King Institute of Preventive Medicine Micro-Biological Section reports 1909-11
Year: 1909
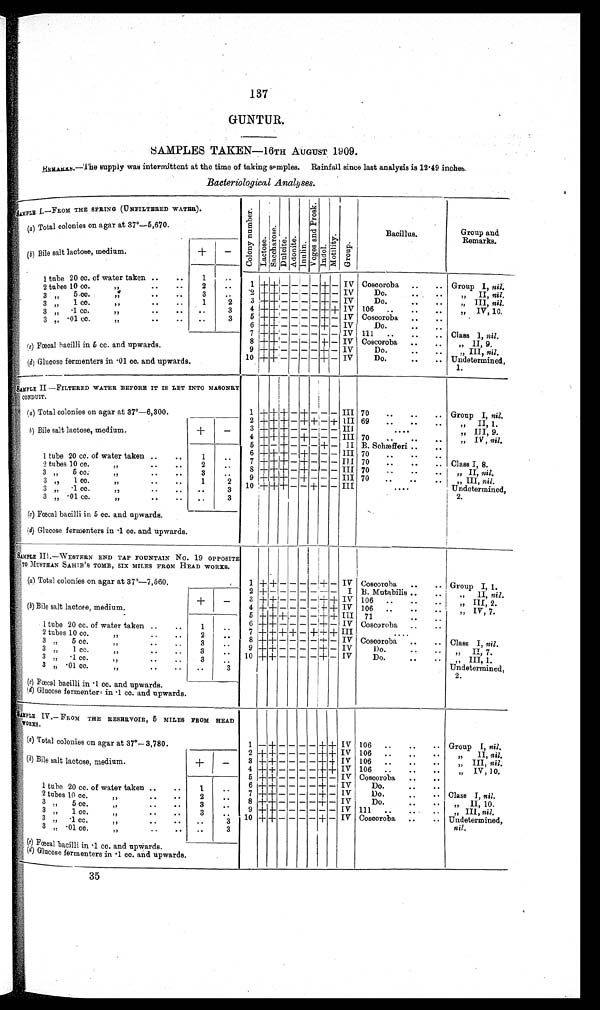
137
GUNTUR.
SAMPLES TAKEN—16TH AUGUST 1909.
REMARKS—The supply was intermittent at the time of taking samples. Rainfall since last analysis is 12.49 inches.
Bacteriological Analyses.
SAMPLE L—FROM THE SPRING (UNFILTERED WATER).
C o l o n y n u m b e r .
L a c t o s e .
S a c c h a r o s e .
Du l c i t e . A d o n i t e .
Inul i n.
Voges and Pr os k.
I ndol .
Mo t i l i t y .
G r o u p .
Bacillus.
Group and
Remarks.
(a) Total colonies on agar at 37°—5,670.
(b) Bile salt lactose, medium.
+
—
1 tube 20 cc. of water taken ..
..
1
. .
1 +
+
—
— — — + — IV Coscoroba ..
.. Group I, nil.
2 tubes 10 cc. ,, . .
. .
2
. .
2 + + — — — — + — IV
Do. .. . .
„ II, nil.
3 „
5 c c .
, ,
.. . .
3
. .
3 + + — — — — + — IV
Do.
..
..
„ III, nil.
3 , , 1 c c .
. .
. .
1
2
4 + + — — — — + + IV 106
. . .
. . .
. . .
„ IV, 10
.
3 ,, ·1cc.
,,
..
..
..
3
5 + + — — — — + — IV Coscoroba
..
. .
3 „
· 0 1 c c .
, ,
. .
. .
. .
3
6 + + — — — — + — IV
Do.
..
..
7 + + — — — — — — IV 111
..
..
. . Class I, nil.
8
+ + – — — — + — IV Coscoroba
..
..
„ II, 9.
(c) Fœcal bacilli in 5 cc. and upwards.
9
+ + — — — — + —
I V
Do.
..
..
,, III, nil.
10
+ + — — — — +
IV
Do.
..
.. Undetermined,
(d) Glucose fermenters in . 01 cc. and upwards.
1.
SAMPLE II —FILTERED WATER BEFORE IT IS LET
INTO MASONRY CONDUIT.
(a) Total colonies on agar at 37°—6,300.
1
+ +
+
— + — — — III 70
..
..
.. Group I, nil.
2
+
+++ + — + +
— + III 69
..
..
..
„ II, 1.
( b )
B i l e s a l t l a c t o s e , m e d i u m .
+
—
3
+ + + — — — — — III
. . . .
„ III, 9.
4
+ + + — + — — — III 70
..
..
..
„ IV, nil.
5 + — + — — — + — II B. Schæfferi ..
6 + + + — + — — — III 70
..
..
..,
1 tube 20 cc. of water taken ..
..
1
..
7 + + + — + — — — III 70
..
..
.. Class I, 8.
2 tubes 10 cc.
, ,
2
. .
8 +
+
+ — + — — — III 70
..
..
..
„ II, nil.
3 „
5 cc.
,, ..
.
3
. .
9 + + + — + — — — III 70
..
..
..
, , I I I ,
n i l .
3 „
1 cc.,, .. ..
1
2 10 + + + — — + — — III
. . . .
Undetermined,
3 „
·1 cc.
,,
. . ..
..
3
2.
3 ,,.01 cc.
,f
..
. .
..
3
(c) Fœcal bacilli in 5 cc. and upwards.
(d) Glucose fermenters in ·1 cc. and upwards.
SAMPLE III.—WESTERN END TAP FOUNTAIN No. 19 OPPOSITE
TO MUSTHAN SAHIB ' S TOMB, SIX MILES FROM HEAD WORKS.
(a) Total colonies on agar at 37°—7,560.
1 + + —
— —
—
+
— IV Coscoroba
..
.. Group I, 1.
2 + — — — — —
— — I B. Mutabilis ..
..
„ II, nil.
+
—
3 + + — — — — + + IV
1 0 6 . . . . . .
,, III, 2.
(b) Bile salt lactose, medium.
4
+ + — — — — + + IV
106 ..
..
....
,, IV , 7.
5 + ++— —
+ + IIIIIIII
. .
5
+ + +
_ — — + +
I I I
7 1 . . . .
1 t u b e 2 0 c c . o f w a t e r t a k e n . . . .
1
..
6
+ + — — — — + —
I V
C o s c o r o b a . . . .
2 t u b e s 1 0 c c . , , . . . .
2
. .
7 + + + + — + + +
I I I
. . . .
3 „
5 c c .
, ,
3
. .
8
+ + — — = — — _
+ — IV
Do.
..
..
Class I, nil .
3 , ,
1 c c .
, , . . . .
3
. .
9 + + — — — — + — IV
Do.
. .
, , I I , 7 .
3 ,,
·1 cc-
, , . . . .
3
. .
1 0 + + — — — — — + —
I V
D o . . . . .
, , I I I , 1 .
3 ,, ·01 cc.
, , ..
..
. .
3
U n d e t e r m i n e d ,
(c) Fœcal bacilli in .1 cc. and upwards.
2 .
(d) Glucose fermenter in ·1 cc. and upwards.
SAMPLE IV.— FROM THE RESERVOIR, 5 MILES FROM HEAD
WORKS .
(a) Total colonies on agar a
t 37°—3,780.
1 — + — — — —
+
+
IV 106
..
..
. . Group I, nil.
2
+
+
— — — – + + IV 106
..
..
. .
„
II, nil.
(b) Bile salt lactose, medium. + —
3
+ + — — — — + + I V 106 ..
..
..
„ III, nil.
4 + + — — — — + + IV 106
..
..
..
„ IV, 10.
5 + + –
— — — + — IV Coscoroba
..
..
1 tube 20 cc of water taken 1 ..
6 + + — — — — + — IV
Do.
..
. .
2 tubes 10 cc. ,, .. .. 2 . .
7
+
+ — — — — + — IV
Do.
..
. . Class I, nil.
3 , , 5 c c .
, ,
. .
. . 3 . .
3
8
+ + — — — — + — IV
Do.
..
..
„ II, 10.
3 , ,
1 c c .
, ,
. .
. .
. .
3 3 . .
9
+ + — — — — — — IV 111
..
..
..
, III, nil.
3 , ,
· 1 c c .
, ,
.. .. . . 3
10 + + _ — — — + — IV Coscoroba
..
.. Undetermined,
3 ,, ·01
c c .
. .
. .
. .
. . 3
'
nil.
(c) Fœcal bacilli in .1 cc. and upwards.
(d) Glucose fermenters in .1 cc. and upwards.
35